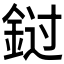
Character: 𰼭